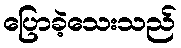
ပြောခဲ့သေးသည်